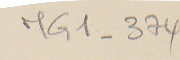
MG1-374